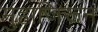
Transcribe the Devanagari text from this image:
मुहाजिरून